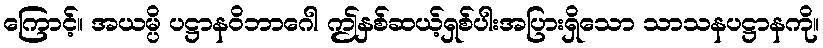
ကြောင့်။ အယမ္ပိ ပဋ္ဌာနဝိဘာဂေါ ဤနှစ်ဆယ့်ရှစ်ပါးအပြားရှိသော သာသနပဋ္ဌာနကို။